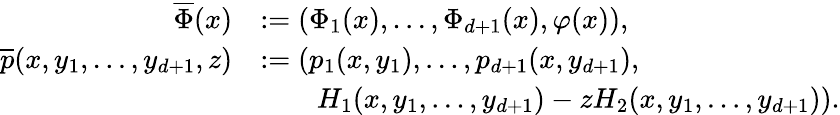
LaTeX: \begin{array}{rl}{\overline{{\Phi}}(x)}&{:=(\Phi_{1}(x),\ldots,\Phi_{d+1}(x),\varphi(x)),}\\ {\overline{{p}}(x,y_{1},\ldots,y_{d+1},z)}&{:=(p_{1}(x,y_{1}),\ldots,p_{d+1}(x,y_{d+1}),}\\ &{\qquad H_{1}(x,y_{1},\ldots,y_{d+1})-zH_{2}(x,y_{1},\ldots,y_{d+1})).}\end{array}